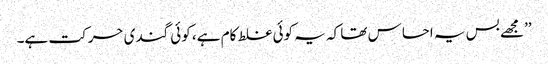
’’مجھے بس یہ احساس تھا کہ یہ کوئی غلط کام ہے، کوئی گندی حرکت ہے۔